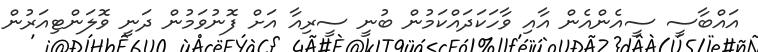
އައްބާސީ ސީއެންއެން އާއި ވާހަކަދައްކަމުން ބުނީ ސީރިއާ އަށް ފޮނުވަމުން ދަނީ ވޮލަންޓިއަރުން